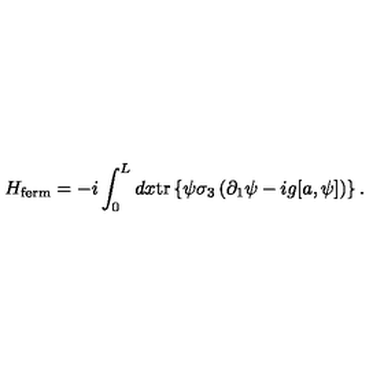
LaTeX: H _ { \mathrm { f e r m } } = - i \int _ { 0 } ^ { L } d x \mathrm { t r } \left\{ \psi \sigma _ { 3 } \left( \partial _ { 1 } \psi - i g [ a , \psi ] \right) \right\} .